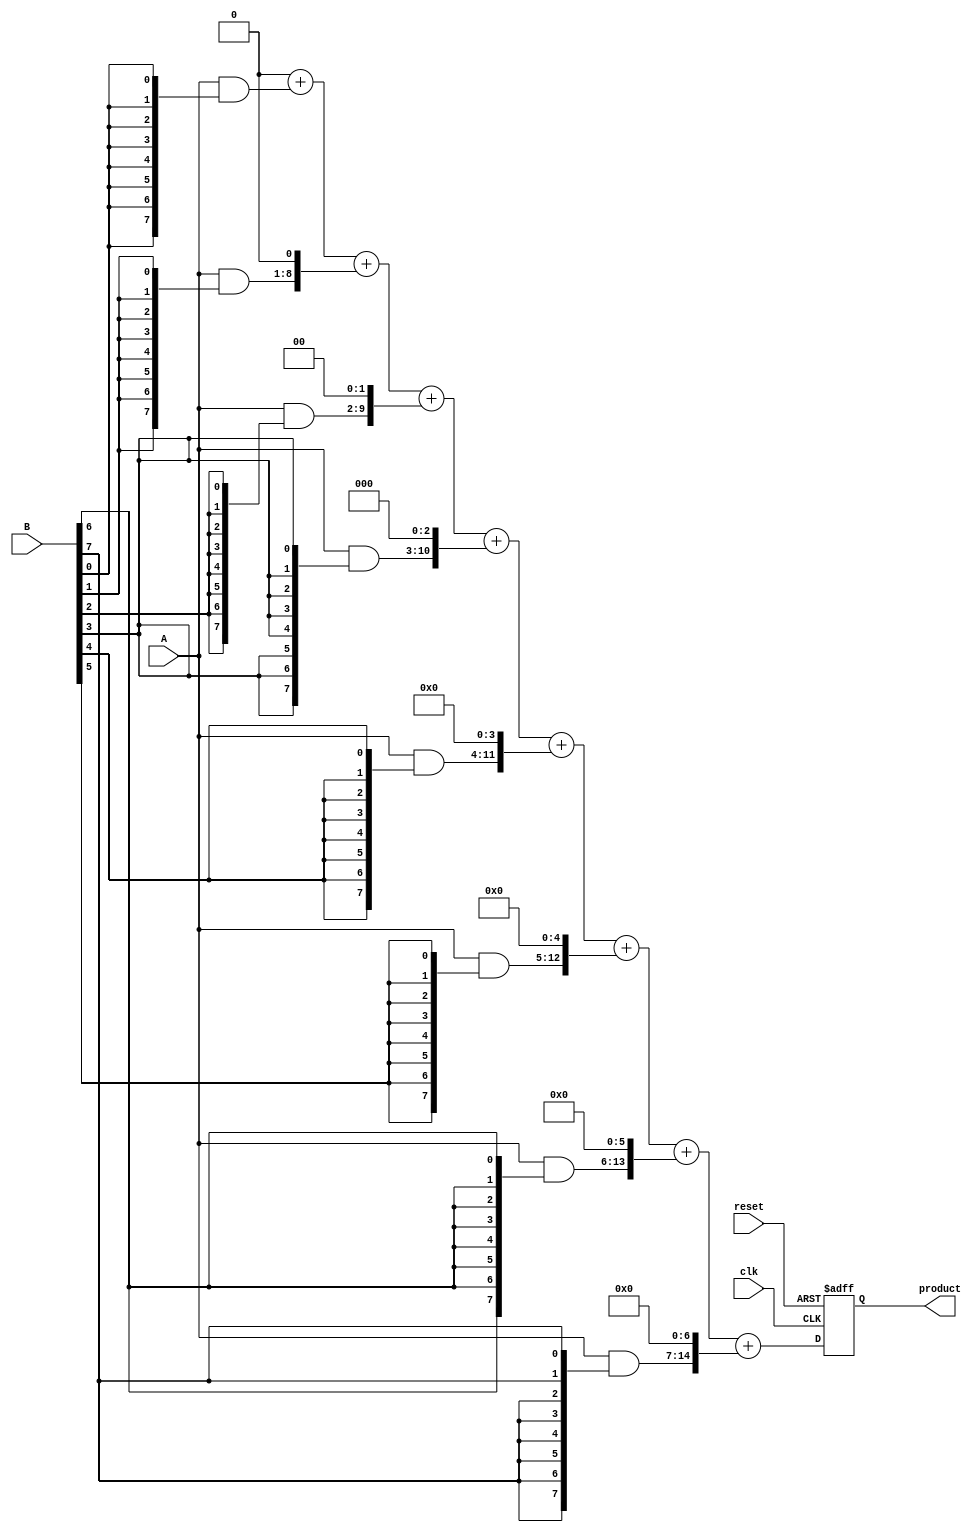
module radix2_multiplier #(parameter n = 8) (
    input  wire [n-1:0] A,         // First operand
    input  wire [n-1:0] B,         // Second operand
    input  wire clk,               // Clock signal
    input  wire reset,             // Reset signal
    output reg [2*n-1:0] product   // Product output
);

    reg [n-1:0] partial_products [0:n-1]; // Array to hold partial products
    reg [2*n-1:0] sum;                     // Intermediate sum
    integer i;

    always @(posedge clk or posedge reset) begin
        if (reset) begin
            product <= 0;
            sum <= 0;
        end else begin
            // Generate partial products
            for (i = 0; i < n; i = i + 1) begin
                partial_products[i] = A & {n{B[i]}}; // AND operation
            end

            // Initialize sum to zero
            sum = 0;

            // Add partial products
            for (i = 0; i < n; i = i + 1) begin
                sum = sum + (partial_products[i] << i); // Shift and add
            end

            // Assign the final product
            product <= sum;
        end
    end

endmodule